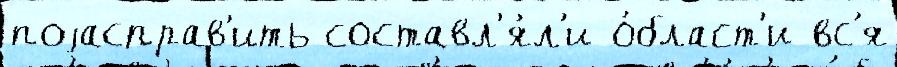
поjасправ'ить составл'я́л'и о́бласт'и вс'я